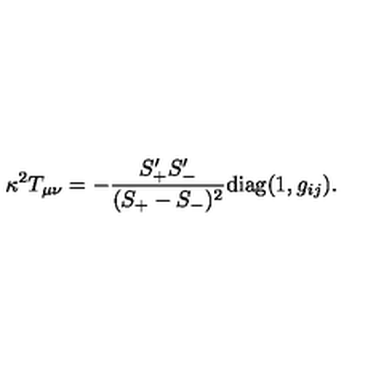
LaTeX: \kappa ^ { 2 } T _ { \mu \nu } = - \frac { S _ { + } ^ { \prime } S _ { - } ^ { \prime } } { ( S _ { + } - S _ { - } ) ^ { 2 } } \mathrm { d i a g } ( 1 , g _ { i j } ) .